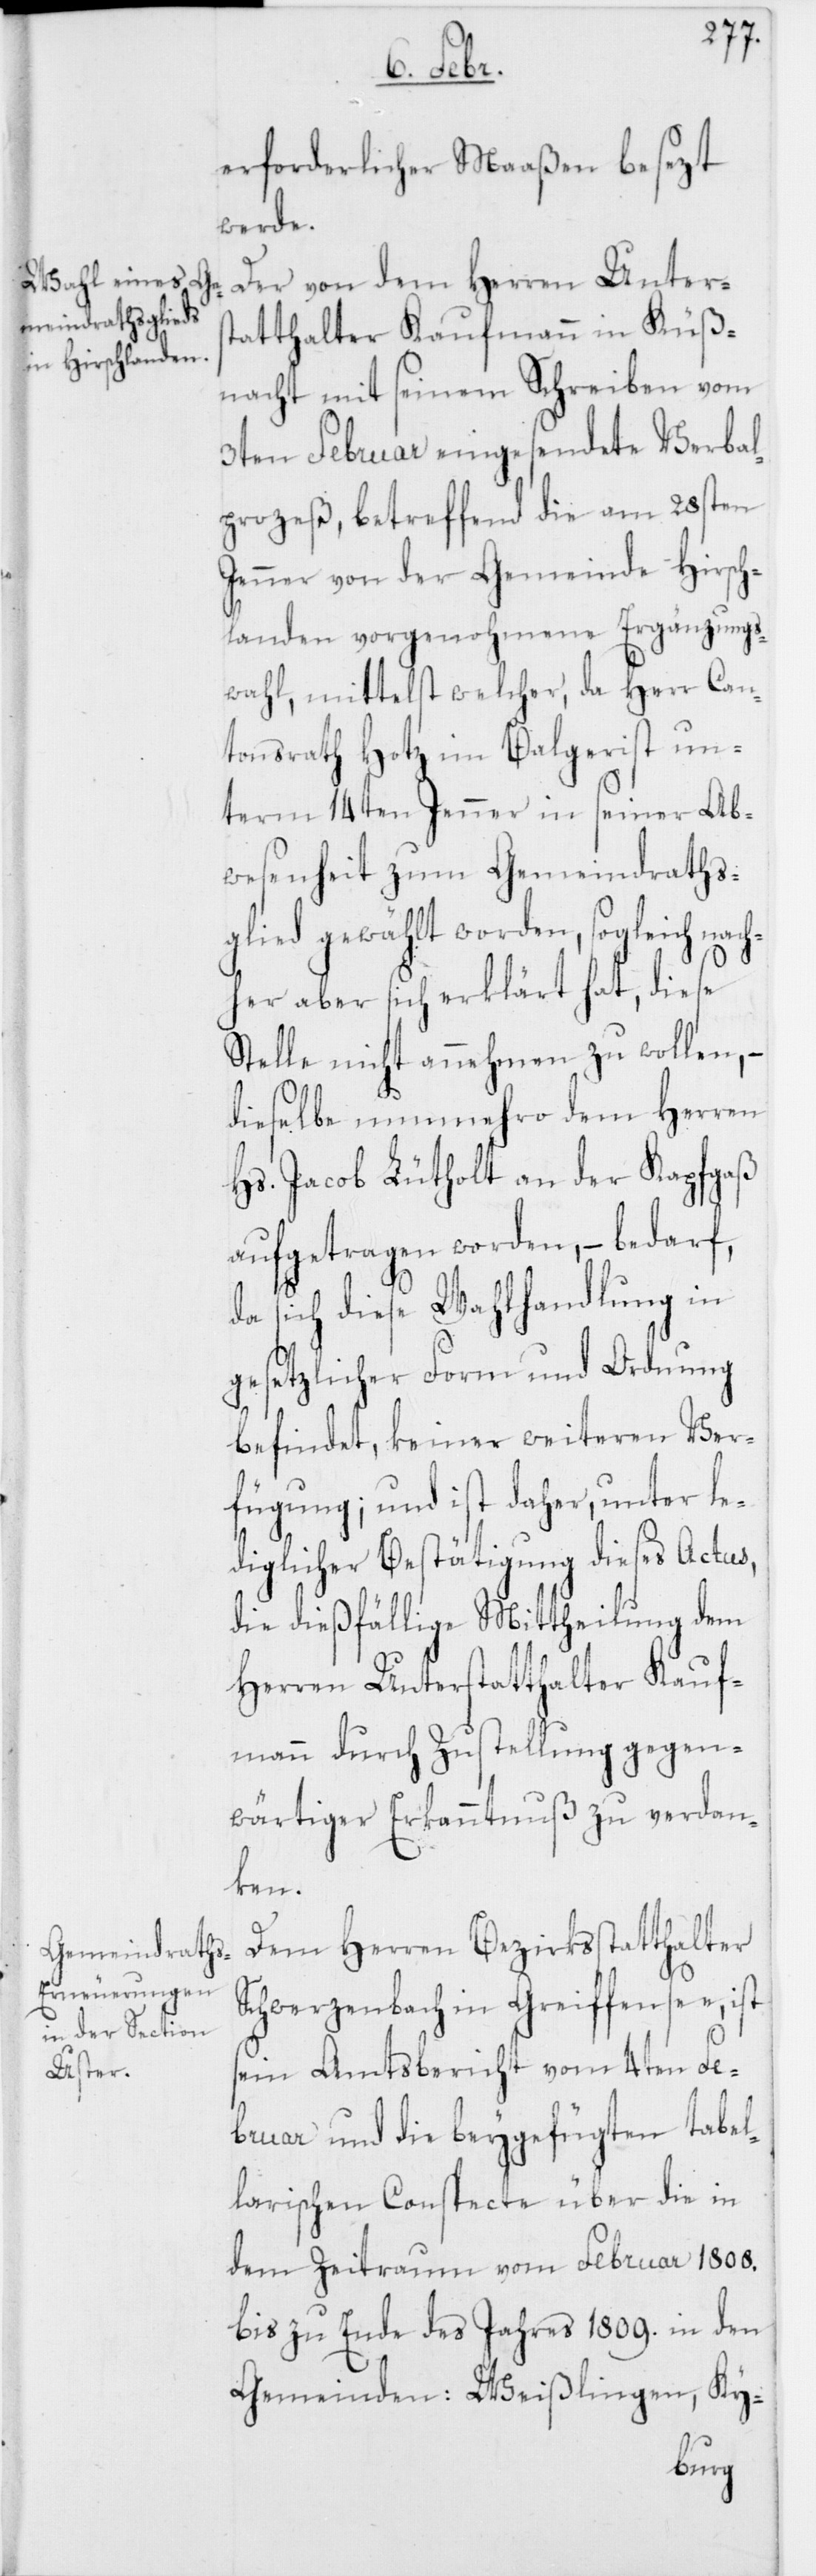
erforderlicher Maaßen besezt
werde.
Der von dem Herren Unters¬
tatthalter Kaufmann in Küß¬
nacht mit seinem Schreiben vom
3ten Februar eingesendete Verbal¬
prozeß, betreffend die am 28sten
Jenner von der Gemeinde Hirsch¬
landen vorgenohmene Ergänzungs¬
wahl, mittelst welcher, da Herr Can¬
tonsrath Hotz im Balgerist un¬
term 14ten Jenner in seiner Ab¬
wesenheit zum Gemeindraths¬
glied gewählt worden, sogleich
her aber sich erklärt hat, diese
Stelle nicht annehmen zu wollen, –
dieselbe nunmehro dem Herren
Hs. Jacob Lütholt an der Kapfgaß
aufgetragen worden, – bedarf,
da sich diese Wahlhandlung in
gesetzlicher Form und Ordnung
befindet, keiner weiteren Ver¬
fügung; und ist daher, unter le¬
diglicher Bestätigung dieses Actus,
die dießfällige Mittheilung dem
Herren Unterstatthalter Kauf¬
mann durch Zustellung gegen¬
wärtiger Erkanntnuß zu verdan¬
ken.
Dem Herren Bezirksstatthalter
Schwerzenbach in Greiffensee, ist
sein Amtsbericht vom 4ten Fe¬
bruar und die beygefügten tabel¬
larischen Conspecte über die in
dem Zeitraum vom Februar 1808.
bis zu Ende des Jahres 1809. in den
Gemeinden: Weißlingen, Ky-